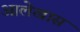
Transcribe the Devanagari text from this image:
आलेखास